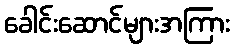
ခေါင်းဆောင်များအကြား